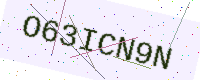
Text: O63ICN9N